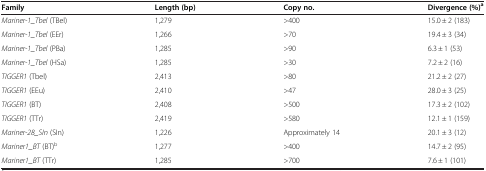
<table><thead><tr><td><b>Family</b></td><td><b>Length (bp)</b></td><td><b>Copy no.</b></td><td><b>Divergence (%)<sup>a</sup></b></td></tr></thead><tbody><tr><td><i>Mariner-1_Tbel</i> (TBel)</td><td>1,279</td><td>&gt;400</td><td>15.0 ± 2 (183)</td></tr><tr><td><i>Mariner-1_Tbel</i> (EEr)</td><td>1,266</td><td>&gt;70</td><td>19.4 ± 3 (34)</td></tr><tr><td><i>Mariner-1_Tbel</i> (PBa)</td><td>1,285</td><td>&gt;90</td><td>6.3 ± 1 (53)</td></tr><tr><td><i>Mariner-1_Tbel</i> (HSa)</td><td>1,285</td><td>&gt;30</td><td>7.2 ± 2 (16)</td></tr><tr><td><i>TIGGER1</i> (Tbel)</td><td>2,413</td><td>&gt;80</td><td>21.2 ± 2 (27)</td></tr><tr><td><i>TIGGER1</i> (EEu)</td><td>2,410</td><td>&gt;47</td><td>28.0 ± 3 (25)</td></tr><tr><td><i>TIGGER1</i> (BT)</td><td>2,408</td><td>&gt;500</td><td>17.3 ± 2 (102)</td></tr><tr><td><i>TIGGER1</i> (TTr)</td><td>2,419</td><td>&gt;580</td><td>12.1 ± 1 (159)</td></tr><tr><td><i>Mariner-28_SIn</i> (SIn)</td><td>1,226</td><td>Approximately 14</td><td>20.1 ± 3 (12)</td></tr><tr><td><i>Mariner1_BT</i> (BT)<sup>b</sup></td><td>1,277</td><td>&gt;400</td><td>14.7 ± 2 (95)</td></tr><tr><td><i>Mariner1_BT</i> (TTr)</td><td>1,285</td><td>&gt;700</td><td>7.6 ± 1 (101)</td></tr></tbody></table>